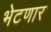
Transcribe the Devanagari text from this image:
भेटणार